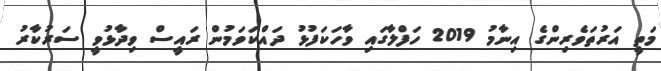
މަތީ އަރުތަވެރިންގެ އިނާމު 2019 ހަފްލާގައި ވާހަކަފުޅު ދައްކަވަމުން ރައީސް ވިދާޅުވީ ސަރުކާރު